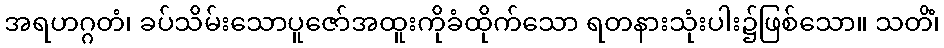
အရဟဂ္ဂတံ၊ ခပ်သိမ်းသောပူဇော်အထူးကိုခံထိုက်သော ရတနားသုံးပါး၌ဖြစ်သော။ သတိံ၊